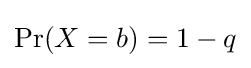
\Pr(X=b)=1-q